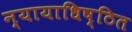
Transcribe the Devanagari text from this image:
न्यायाधिष्ठित